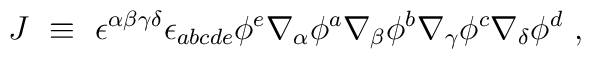
J ~\equiv~\epsilon^{\alpha\beta\gamma\delta}\epsilon_{abcde} \phi^e\nabla_\alpha \phi^a \nabla_\beta \phi^b \nabla_\gamma \phi^c\nabla_\delta \phi^d ~,